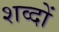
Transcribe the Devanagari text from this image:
शव्दों